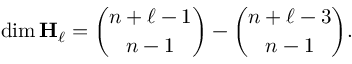
\dim \mathbf { H } _ { \ell } = { \binom { n + \ell - 1 } { n - 1 } } - { \binom { n + \ell - 3 } { n - 1 } } .